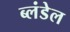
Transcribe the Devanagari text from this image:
ब्लंडेल